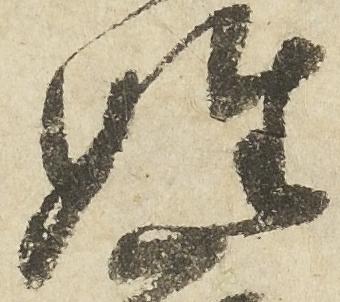
姓